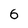
Character: 6